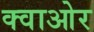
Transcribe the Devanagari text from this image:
क्वाओर